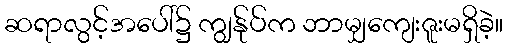
ဆရာလွင့်အပေါ်၌ ကျွန်ုပ်က ဘာမျှကျေးဇူးမရှိခဲ့။